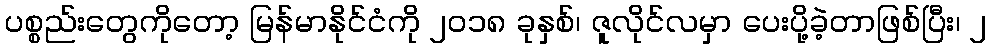
ပစ္စည်းတွေကိုတော့ မြန်မာနိုင်ငံကို ၂၀၁၈ ခုနှစ်၊ ဇူလိုင်လမှာ ပေးပို့ခဲ့တာဖြစ်ပြီး၊ ၂